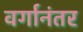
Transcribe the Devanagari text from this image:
वर्गानंतर